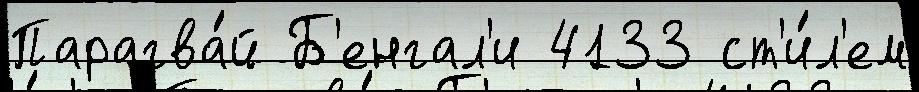
Парагва́й Б'енгал'и 4133 ст'и́л'ем